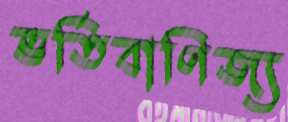
ভর্তিবাণিজ্য